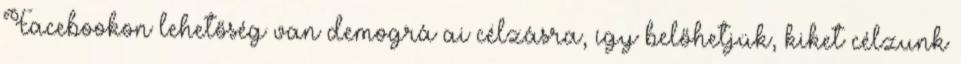
Facebookon lehetőség van demográﬁai célzásra, így belőhetjük, kiket célzunk